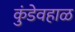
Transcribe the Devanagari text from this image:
कुंडेवहाळ